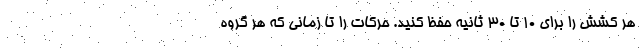
هر کشش را برای 10 تا 30 ثانیه حفظ کنید. حرکات را تا زمانی که هر گروه